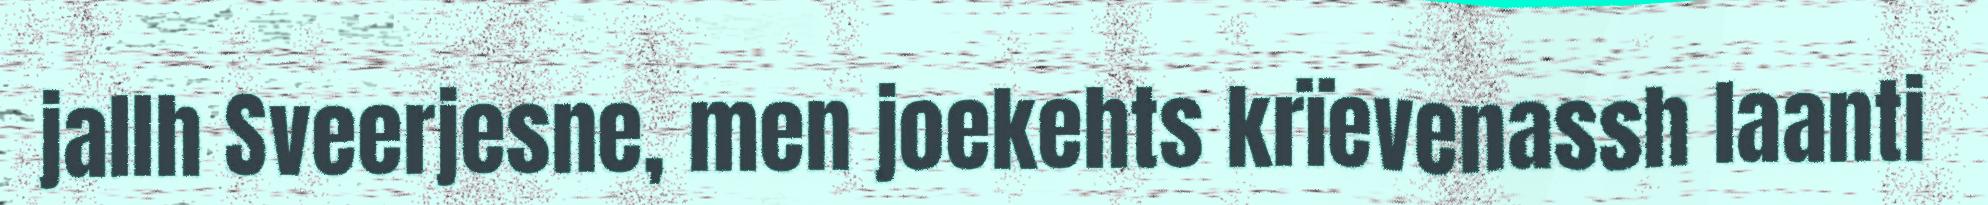
jallh Sveerjesne, men joekehts krïevenassh laanti